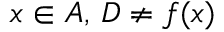
x \in A , \, D \neq f ( x )